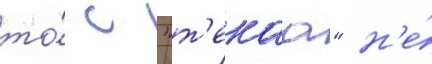
то́ с "т'екаа" н'е́